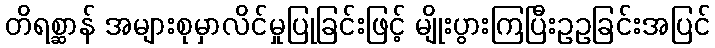
တိရစ္ဆာန် အများစုမှာလိင်မှုပြုခြင်းဖြင့် မျိုးပွားကြပြီးဥဥခြင်းအပြင်